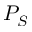
P _ { S }